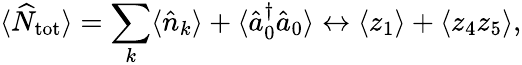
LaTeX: \langle\widehat{N}_{\textnormal{tot}}\rangle=\sum_{k}\langle\hat{n}_{k}\rangle+\langle\hat{a}_{0}^{\dagger}\hat{a}_{0}\rangle\leftrightarrow\langle z_{1}\rangle+\langle z_{4}z_{5}\rangle,